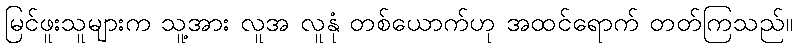
မြင်ဖူးသူများက သူ့အား လူအ လူနုံ တစ်ယောက်ဟု အထင်ရောက် တတ်ကြသည်။